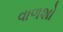
વાળશો